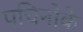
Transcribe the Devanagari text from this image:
पचिनोके